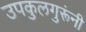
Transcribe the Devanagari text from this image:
उपकुलगुरूंनी